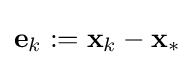
\mathbf {e} _{k}:=\mathbf {x} _{k}-\mathbf {x} _{*}